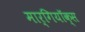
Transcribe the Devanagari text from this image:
मार्गियॉक्स